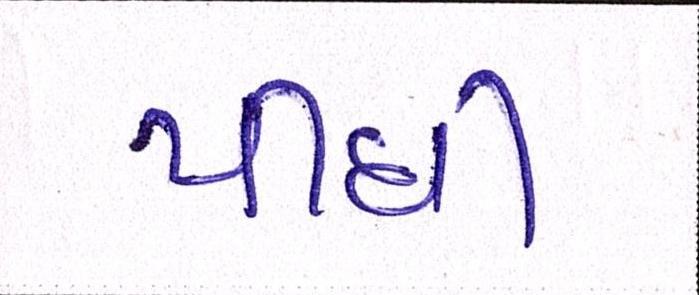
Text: પીધી